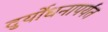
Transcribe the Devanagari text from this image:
दुर्योधनापर्यंत